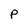
Character: P